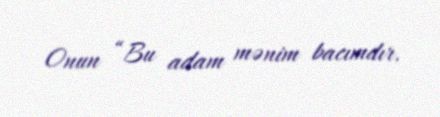
Onun “Bu adam mənim bacımdır.